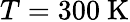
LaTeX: T=300~\mathrm{K}